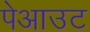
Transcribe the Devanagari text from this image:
पेआउट